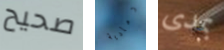
صحيح رمادية بمدى